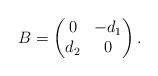
LaTeX: \begin{align*}B=\begin{pmatrix}0 & -d_1\\d_2 & 0\end{pmatrix}.\end{align*}